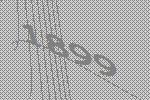
1899